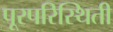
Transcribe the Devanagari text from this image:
पूरपरिस्थिती